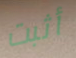
أثبت